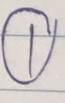
1